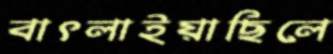
বাৎলাইয়াছিলে